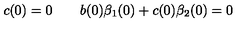
c ( 0 ) = 0 \qquad b ( 0 ) \beta _ { 1 } ( 0 ) + c ( 0 ) \beta _ { 2 } ( 0 ) = 0